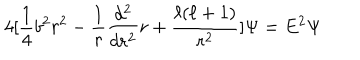
LaTeX: 4 [ \frac { 1 } { 4 } b ^ { 2 } r ^ { 2 } - \frac { 1 } { r } \frac { d ^ { 2 } } { d r ^ { 2 } } r + \frac { \ell ( \ell + 1 ) } { r ^ { 2 } } ] \Psi = E ^ { 2 } \Psi